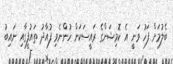
ބެލުމަށް ފަހު ވަނީ އެ ކޮމިޝަންގެ ރައީސަކަށް ހުންނެވި ފުއާދު ތައުފީގާއި ނައިބު